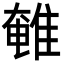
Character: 𮥽